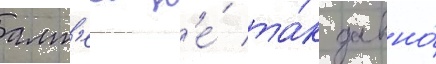
алт'еа н'е́ та́к давно́